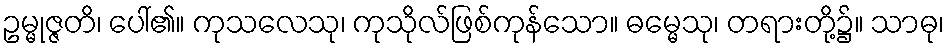
ဥမ္မုဇ္ဇတိ၊ ပေါ်၏။ ကုသလေသု၊ ကုသိုလ်ဖြစ်ကုန်သော။ ဓမ္မေသု၊ တရားတို့၌။ သာဓု၊